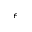
\epsilon